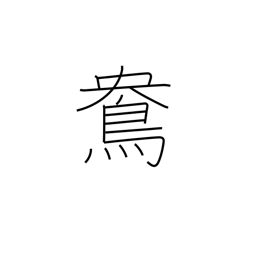
Meaning: female mandarin duck